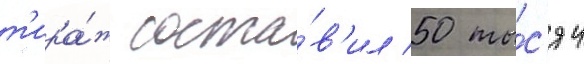
т'ира́ж соста́в'ил 50 ты́с'яч